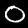
Label: 0